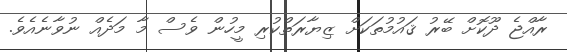
ރާއްޖެ ދޫކޮށް ބޭރު ޤައުމުތަކަށް ޒިޔާރަތްކުރި މީހުން ވެސް މާ މަދެއް ނުވާނެއެވެ.